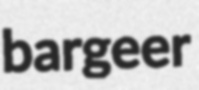
bargeer